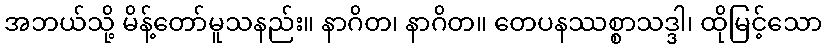
အဘယ်သို့ မိန့်တော်မူသနည်း။ နာဂိတ၊ နာဂိတ။ တေပနဿစ္စာသဒ္ဒါ၊ ထိုမြင့်သော